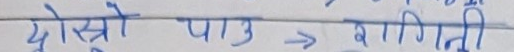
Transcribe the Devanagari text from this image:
दोस्रो पाठ -> बागिनी